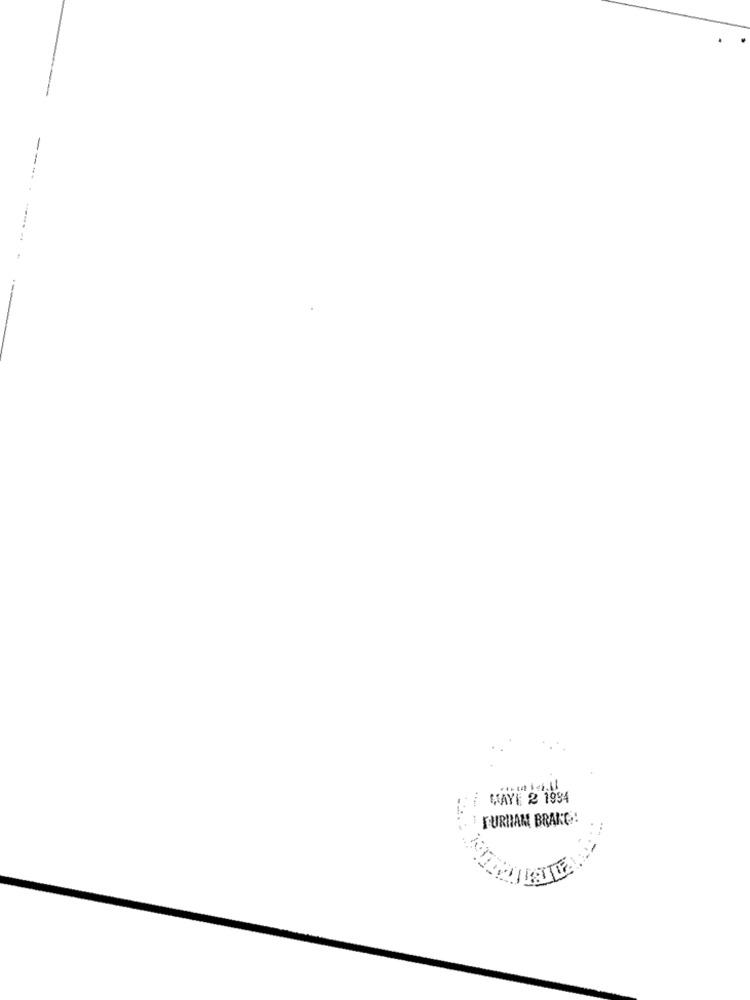
MAYE 2 1934
FURHAM BRAKG: